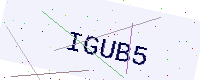
Text: IGUB5